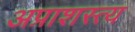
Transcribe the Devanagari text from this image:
अप्राशस्त्य